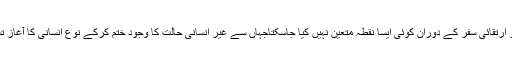
اس تدریجی اور ارتقائی سفر کے دوران کوئی ایسا نقطہ متعین نہیں کیا جاسکتاجہاں سے غیر انسانی حالت کا وجود ختم کرکے نوع انسانی کا آغاز تسلیم کیا جائے ۔